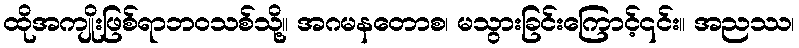
ထိုအကျိုးဖြစ်ရာဘဝသစ်သို့။ အဂမနတောစ၊ မသွားခြင်းကြောင့်၎င်း။ အညဿ၊